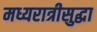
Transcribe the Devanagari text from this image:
मध्यरात्रीसुद्धा